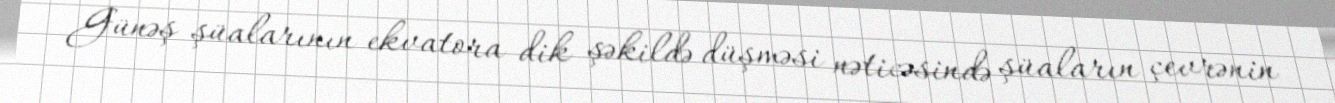
Günəş şüalarının ekvatora dik şəkildə düşməsi nəticəsində şüaların çevrənin